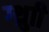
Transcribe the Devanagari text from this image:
ग्थ्रुाी